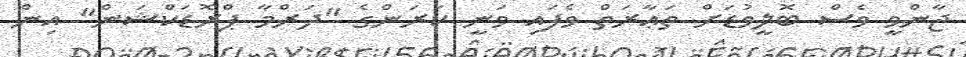
ޖާންވީ ވެސް ބޮލީވުޑަށް ތަޢާރަތް ވެފައި ވަނީ ކަރަންގެ "ދަރްމާ ޕްރޮޑަކްޝަން" އިން